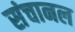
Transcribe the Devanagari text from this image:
संचानल